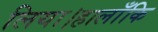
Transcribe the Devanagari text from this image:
लिया।हालाँकि